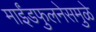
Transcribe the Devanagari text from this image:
माईंडफुलनेसमुळे